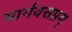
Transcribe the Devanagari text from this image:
भार्गवसप्तम्